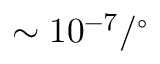
\sim 1 0 ^ { - 7 } / { } ^ { \circ }